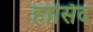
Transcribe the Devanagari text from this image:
हासिद